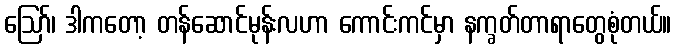
ဪ၊ ဒါကတော့ တန်ဆောင်မုန်းလဟာ ကောင်းကင်မှာ နက္ခတ်တာရာတွေစုံတယ်။